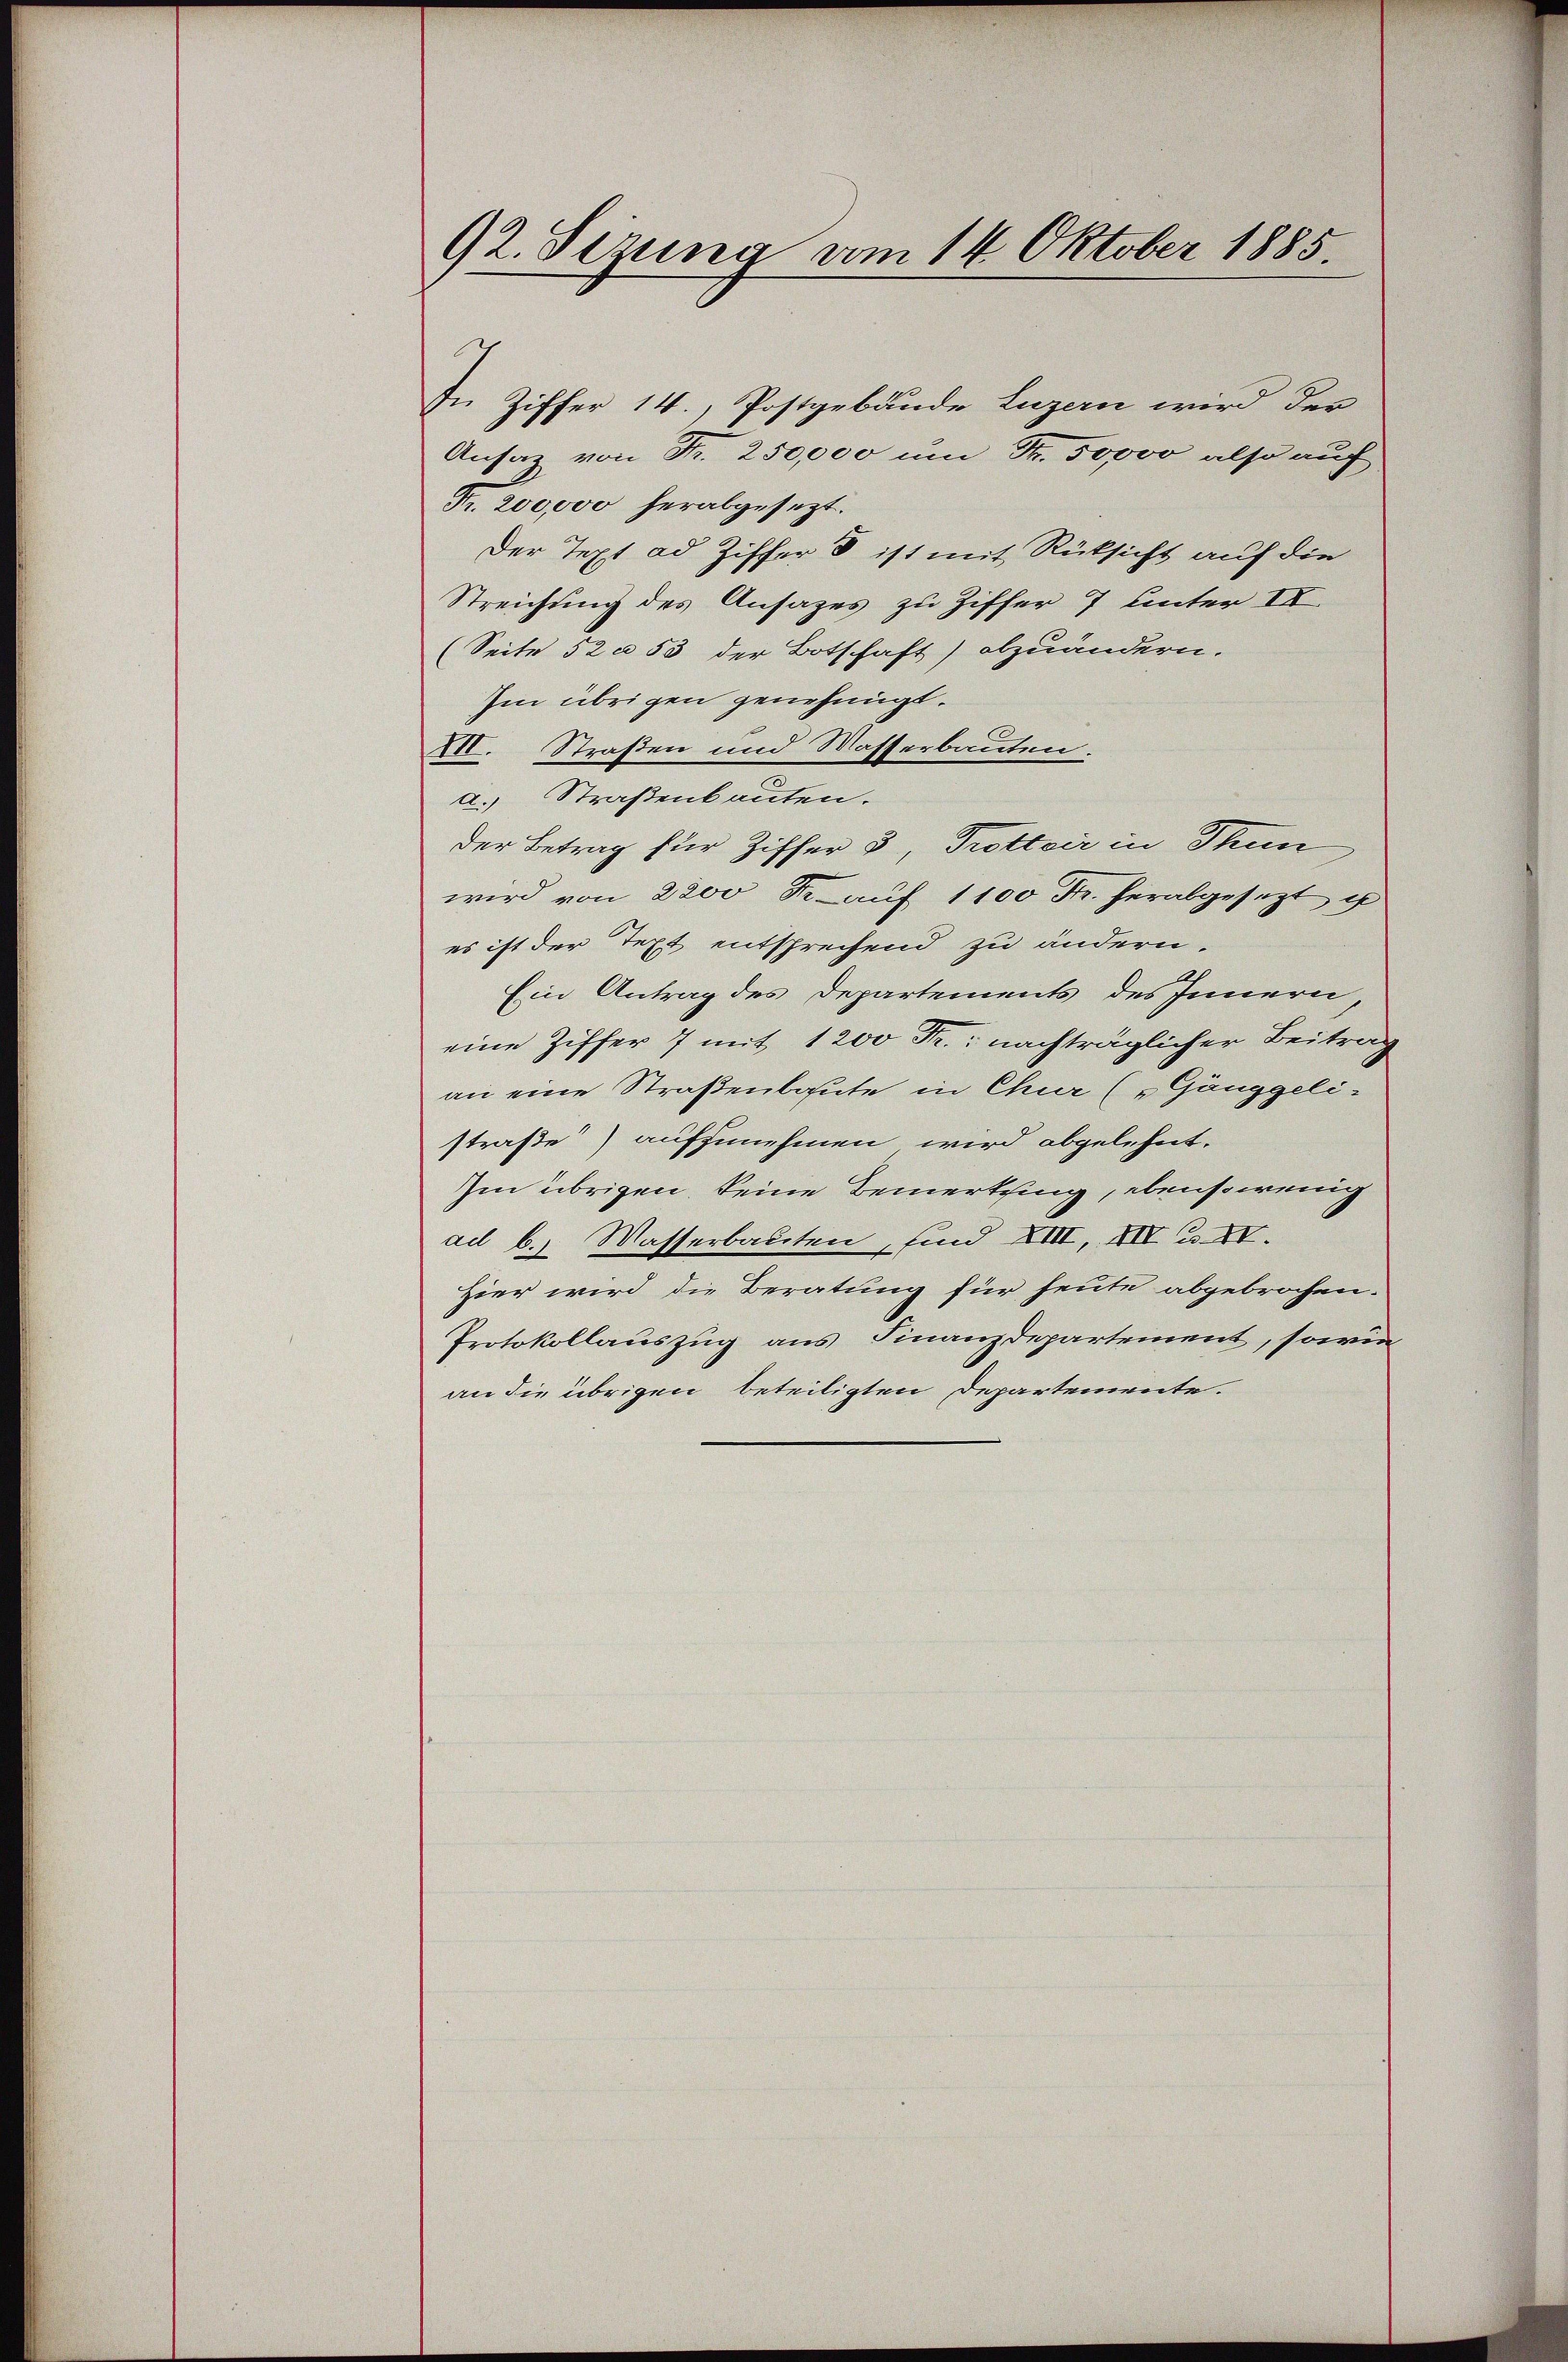
92. Sizung vom 14. Oktober 1885.

In Ziffer 14., Postgebäude Luzern wird der
Ansatz von Fr. 250,000 um Fr. 50000 also auf
Fr. 200,000 herabgesezt.
Der Text ad Ziffer 8 ist mit Rücksicht auf die
Streichung des Ansazes zu Ziffer 7 unter II
(Seite 52 a 53 der Botschaft) abzuändern.
Im übrigen genehmigt.
XII. Straßen und Masserbauten.
a. Straßenbauten.
der Betrag für Ziffer 3, Trottoir in Thun
wird von 2200 Fr. aŭf 1100 Fr. herabgesezt g
es ist der Text entsprechend zu ändern.
Ein Antrag des Departements des Innern,
eine Ziffer 7 mit 1200 Fr. nachträglicher Beitrag
an eine Straßenbaute in Chur („Gänggelistraße) aufzunehmen wird abgelehnt.
Im übrigen keine Bemerkung, ebensowenig
ad b.) Wasserbauten, sind XIII, XIV u. XV.
Hier wird die Beratung für heute abgebrochen.
Protokollauszug aus Finanzdepartement, sowie
an die übrigen beteiligten Departemente.